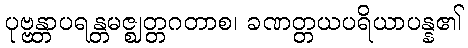
ပုဗ္ဗန္တာပရန္တမဇ္ဈတ္တဂတာစ၊ ခဏတ္တယပရိယာပန္န၏